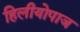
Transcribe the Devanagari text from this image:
हिलीयोपाज